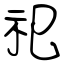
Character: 祀